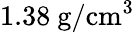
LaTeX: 1.38~\mathrm{g/cm^{3}}